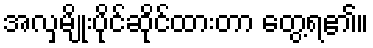
အလှမျိုးပိုင်ဆိုင်ထားတာ တွေ့ရ၏။